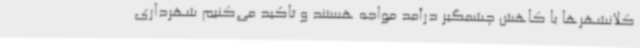
کلانشهرها با کاهش چشمگیر درآمد مواجه هستند و تاکید می‌کنیم شهرداری